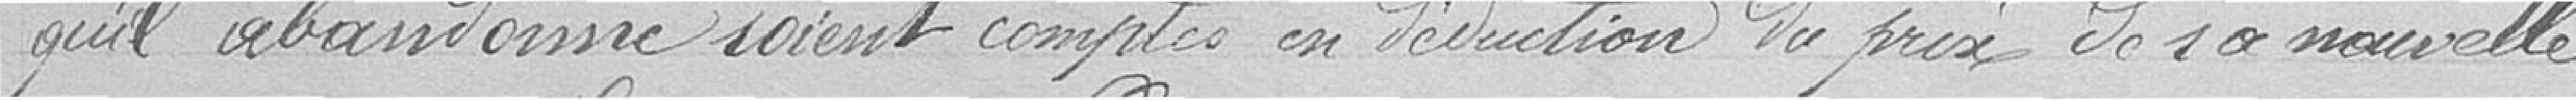
qu'il abandonne soient comptés en déduction du prix de sa nouvelle